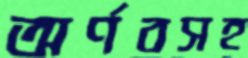
অর্ণবসহ